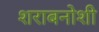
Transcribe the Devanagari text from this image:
शराबनोशी